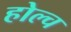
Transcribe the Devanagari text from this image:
होल्च